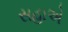
સહાએ